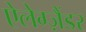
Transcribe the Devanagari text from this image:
ऐलेग्ज़ैंडर